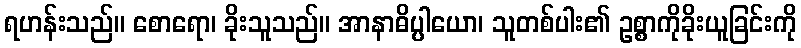
ရဟန်းသည်။ စောရော၊ ခိုးသူသည်။ အာနာဓိပ္ပါယော၊ သူတစ်ပါး၏ ဥစ္စာကိုခိုးယူခြင်းကို